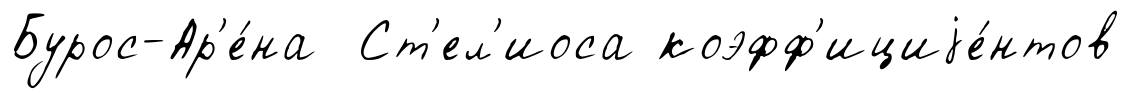
Бурос-Ар'е́на Ст'ел'иоса коэфф'ициjе́нтов